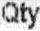
QTY